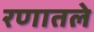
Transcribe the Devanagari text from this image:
रणातले